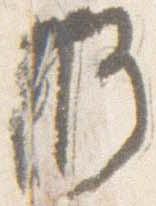
修